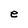
Character: e